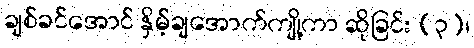
ချစ်ခင်အောင် နှိမ့်ချအောက်ကျို့ကာ ဆိုခြင်း (၃)၊